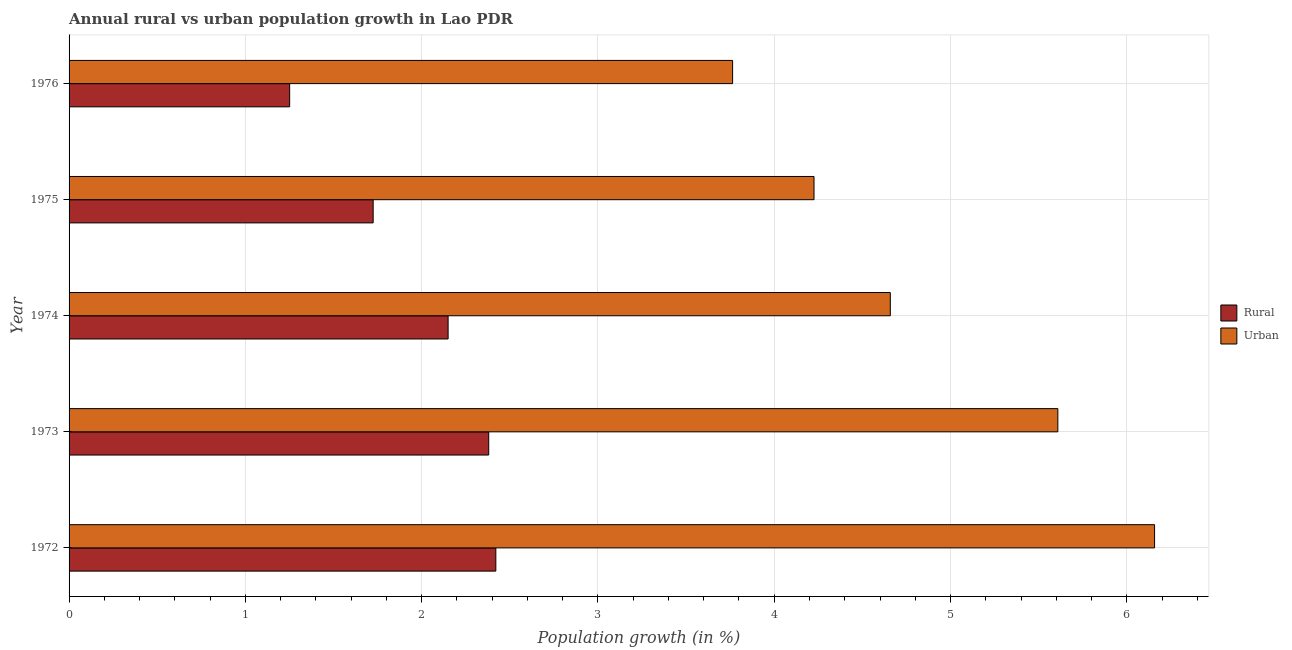
| Year | Rural | Urban  |
 | --- | --- | --- |
 | 1972 | 2.42 | 6.16 |
 | 1973 | 2.38 | 5.61 |
 | 1974 | 2.15 | 4.66 |
 | 1975 | 1.72 | 4.23 |
 | 1976 | 1.25 | 3.76 |